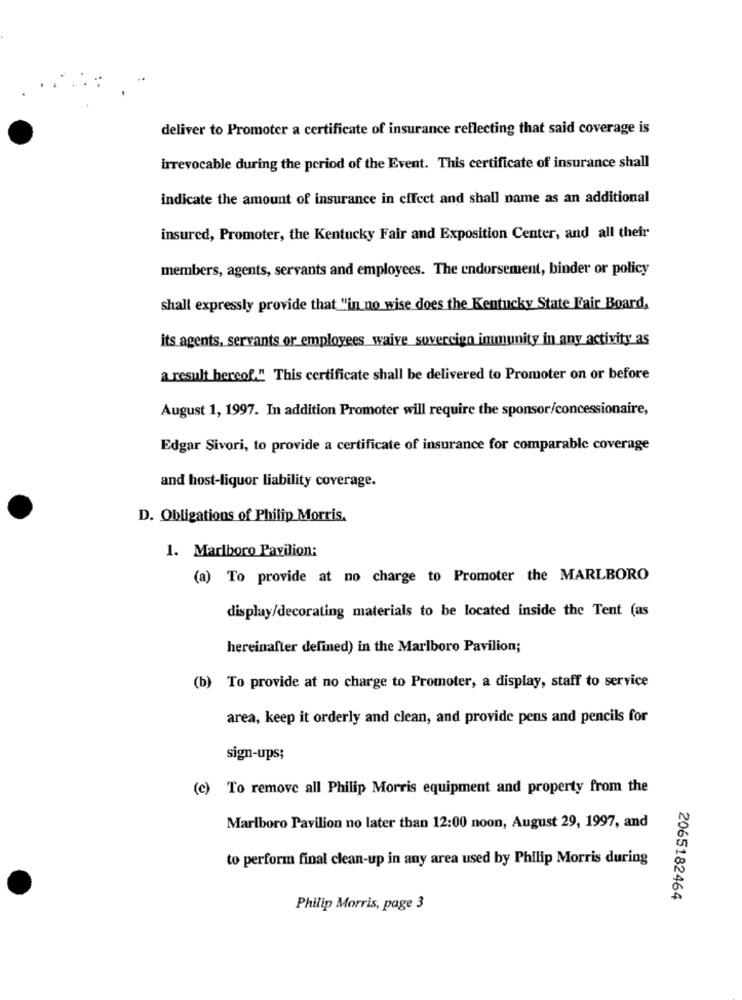
deliver to Promoter a certificate of insurance reflecting that said coverage is
irrevocable during the period of the Event. This certificate of insurance shall
indicate the amount of insurance in effect and shall name as an additional
insured, Promoter, the Kentucky Fair and Exposition Center, and all their
members, agents, servants and employees. The endorsement, binder or policy
shall expressly provide that "in no wise does the Kentucky State Fair Board,
its agents, servants or employees waive sovereign immunity in any activity as
a result bereof." This certificate shall be delivered to Promoter on or before
August 1, 1997. In addition Promoter will require the sponsor/concessionaire,
Edgar Sivori, to provide a certificate of insurance for comparable coverage
and host-liquor liability coverage.
D. Obligations of Philip Morris.
1. Marlboro Pavilion:
(a) To provide at no charge to Promoter the MARLBORO
display/decorating materials to be located inside the Tent (as
hereinafter defined) in the Marlboro Pavilion;
(b) To provide at no charge to Promoter, a display, staff to service
area, keep it orderly and clean, and provide pens and pencils for
sign-ups;
(e) To remove all Philip Morris equipment and property from the
Marlboro Pavilion no later than 12:00 noon, August 29, 1997, and
to perform final clean-up in any area used by Philip Morris during
2065182464
Philip Morris, page 3